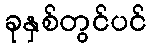
ခုနှစ်တွင်ပင်